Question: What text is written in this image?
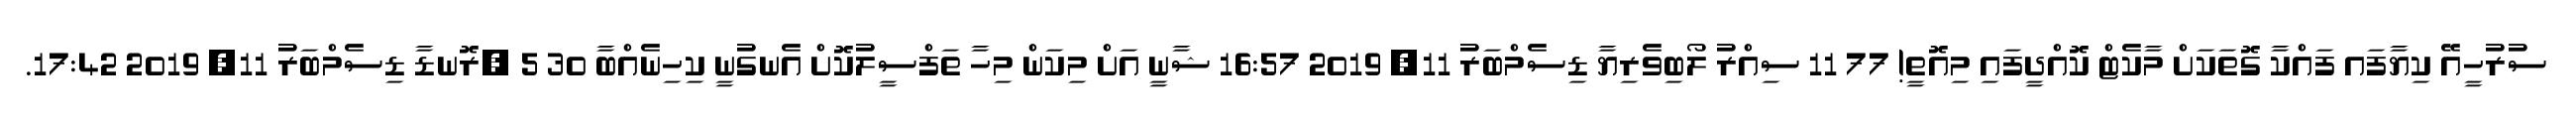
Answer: ސުރުހީއޭ ކިޔާފައ ފައްކާ ގޮތަކަށް މާކެޓް ކޮއްދީފައި މިއޮތީ! 77 11 ސިއްރު ލޯބިވެރިޔާ ޑިސެމްބަރު 11, 2019 16:57 ޝާނީ އަށް މިކަން މިހާ ތަފްސީލުކޮށް އެނގުނީ ކިހިނެއްބާ 30 5 ?ރޮނޑާ ޑިސެމްބަރު 11, 2019 17:42.